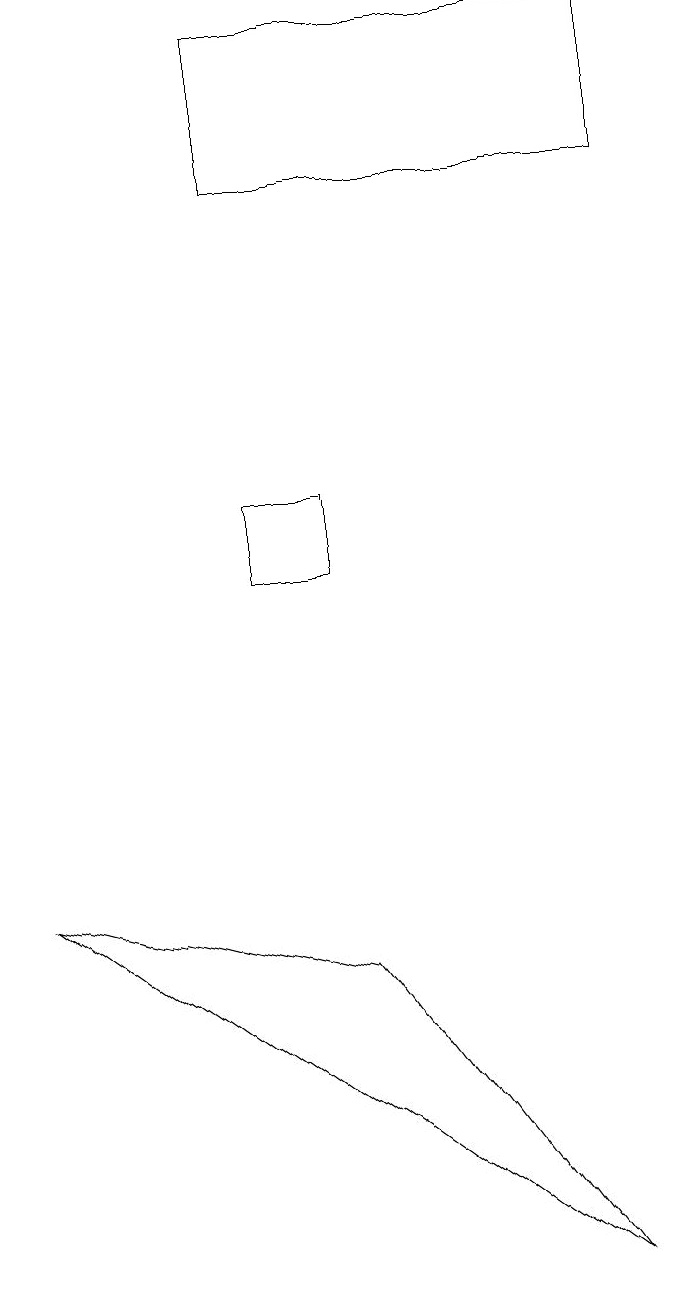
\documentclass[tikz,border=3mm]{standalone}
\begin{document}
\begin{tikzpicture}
\draw (4,15) rectangle (9,17);
\draw (5,5) -- (8,1) -- (1,6) -- cycle;
\draw (5,11) rectangle (4,10);
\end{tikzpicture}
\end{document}